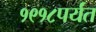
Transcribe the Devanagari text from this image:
१९१८पर्यंत